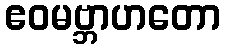
ဧဝမဗ္ဘာဟတော